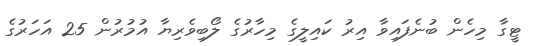
ޓީގާ މިހެން ބުނެފައިވާ އިރު ކައިލީގެ މިހާރުގެ ލޯބިވެރިޔާ އުމުރުން 25 އަހަރުގެ